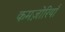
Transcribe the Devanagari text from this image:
कमज़ोरियाँ